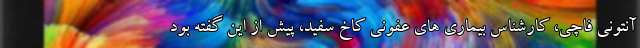
آنتونی فاچی، کارشناس بیماری های عفونی کاخ سفید، پیش از این گفته بود